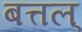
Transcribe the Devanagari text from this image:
बत्तल्